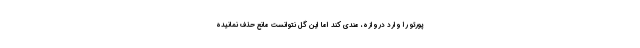
پورتو را وارد دروازه، مندی کند اما این گل نتوانست مانع حذف نمانیده